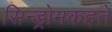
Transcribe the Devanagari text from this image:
सिन्ड्रोमकहते